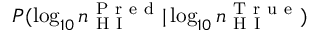
P ( \log _ { 1 0 } n _ { \mathrm { ~ H ~ I ~ } } ^ { \mathrm { ~ P ~ r ~ e ~ d ~ } } | \log _ { 1 0 } n _ { \mathrm { ~ H ~ I ~ } } ^ { \mathrm { ~ T ~ r ~ u ~ e ~ } } )